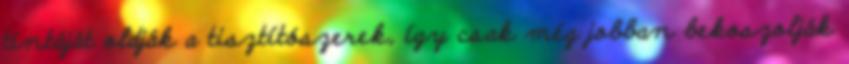
tintáját oldják a tisztítószerek, így csak még jobban bekoszolják